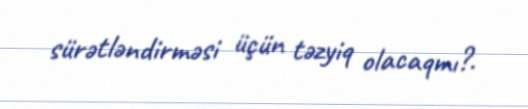
sürətləndirməsi üçün təzyiq olacaqmı?.